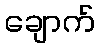
ချောက်